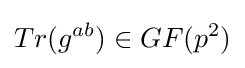
Tr(g^{ab})\in GF(p^{2})